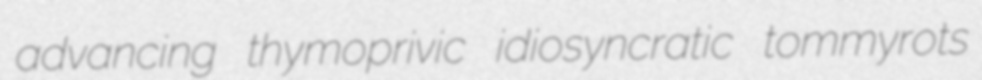
advancing thymoprivic idiosyncratic tommyrots